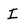
Character: I